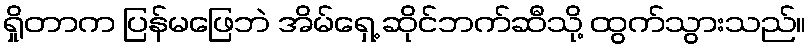
ရှိုတာက ပြန်မဖြေဘဲ အိမ်ရှေ့ ဆိုင်ဘက်ဆီသို့ ထွက်သွားသည်။